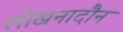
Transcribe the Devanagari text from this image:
लोखनादौन